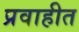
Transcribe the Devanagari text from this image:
प्रवाहीत